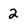
Character: 2